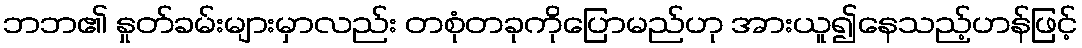
ဘဘ၏ နှုတ်ခမ်းများမှာလည်း တစုံတခုကိုပြောမည်ဟု အားယူ၍နေသည့်ဟန်ဖြင့်